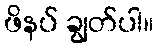
ဖိနပ် ချွတ်ပါ။